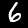
Digit: 6